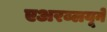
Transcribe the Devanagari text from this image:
एअरब्लयूने